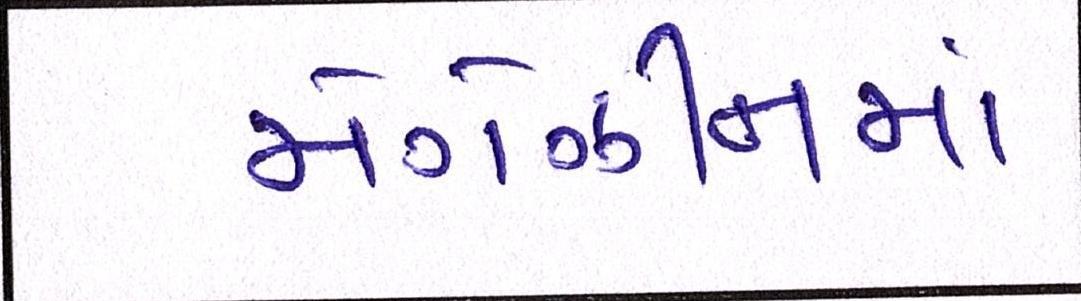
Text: મેગેઝીનમાં